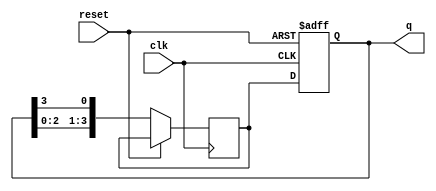
module bistable_ring_counter #(
    parameter N = 4  // Number of flip-flops
)(
    input wire clk,      // Clock input
    input wire reset,    // Asynchronous reset input
    output reg [N-1:0] q // Counter output
);

// Flip-flop array
reg [N-1:0] ff;

// Always block for the counter operation
always @(posedge clk or posedge reset) begin
    if (reset) begin
        // Initialize the counter to 1000...0
        q <= 1'b1 << (N-1); // Set the highest bit to 1
    end else begin
        // Shift the '1' bit around the ring
        ff <= {q[N-2:0], q[N-1]}; // Shift left and wrap around
        q <= ff; // Update the output
    end
end

endmodule